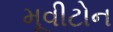
મૂવીટોન